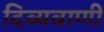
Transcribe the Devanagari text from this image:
दिव्यवाणी